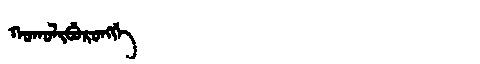
Manchu: ᡴᠣᡴᠣᠯᡳᠪᡠᡵᠣᠩᡤᡝ
Romanization: KOKOLIBURONGGE